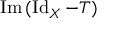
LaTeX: \operatorname { I m } \, ( \operatorname { I d } _ { X } - T )